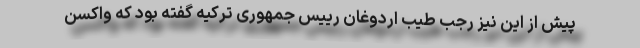
پیش از این نیز رجب طیب اردوغان رییس جمهوری ترکیه گفته بود که واکسن